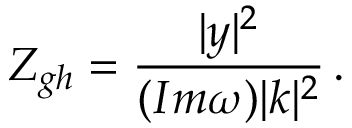
Z _ { g h } = \frac { | y | ^ { 2 } } { ( I m \omega ) | k | ^ { 2 } } \, .